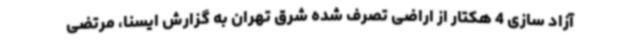
آزاد سازی 4 هکتار از اراضی تصرف شده شرق تهران به گزارش ایسنا، مرتضی